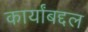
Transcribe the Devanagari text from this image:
कार्यांबद्दल